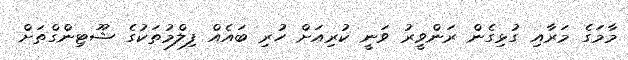
މާމަގެ މަރާއި ގުޅިގެން ރަންވީރު ވަނީ ކުރިއަށް ހުރި ބައެއް ފިލްމުތަކުގެ ޝޫޓިންގްތަށް